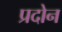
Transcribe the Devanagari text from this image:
प्रदोन